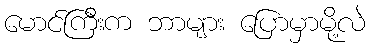
မောင်ကြီးက ဘာများ ပြောမှာမို့လဲ